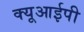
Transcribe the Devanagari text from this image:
क्यूआईपी